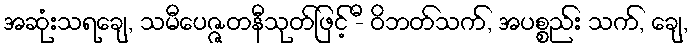
အဆုံးသရချေ, သမီပေဇ္ဇတနီသုတ်ဖြင့် -ီ ဝိဘတ်သက်, အပစ္စည်း သက်, ချေ,